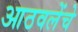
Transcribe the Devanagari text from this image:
आठवलेंचे